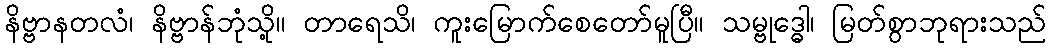
နိဗ္ဗာနတလံ၊ နိဗ္ဗာန်ဘုံသို့။ တာရေသိ၊ ကူးမြောက်စေတော်မူပြီ။ သမ္ဗုဒ္ဓေါ၊ မြတ်စွာဘုရားသည်